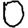
Digit: 0